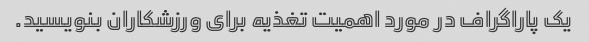
یک پاراگراف در مورد اهمیت تغذیه برای ورزشکاران بنویسید.